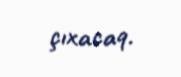
çıxacaq.